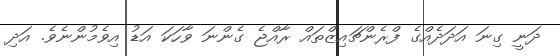
ދަނީ ގިނަ އަދަދެއްގެ ފްރެންޗައިޒްތައް ރާއްޖެ ގެންނަ ވާހަކަ އަޑު އިވެމުންނެވެ. އަދި